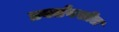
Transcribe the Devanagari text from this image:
प्रवर्तनशील